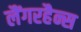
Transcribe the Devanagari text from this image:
लैंगरहैन्स